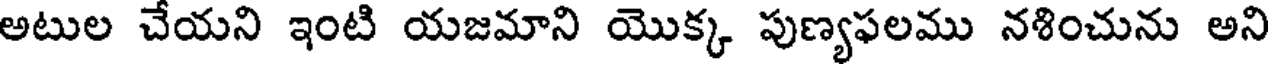
అటుల చేయని ఇంటి యజమాని యొక్క పుణ్యఫలము నశించును అని